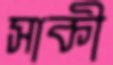
সাকী